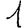
Digit: 1